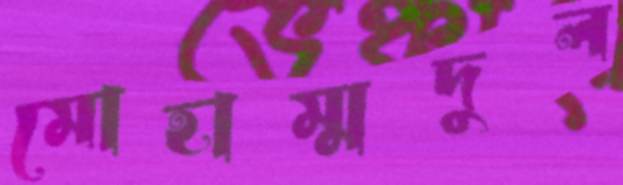
মোহাম্মদুল